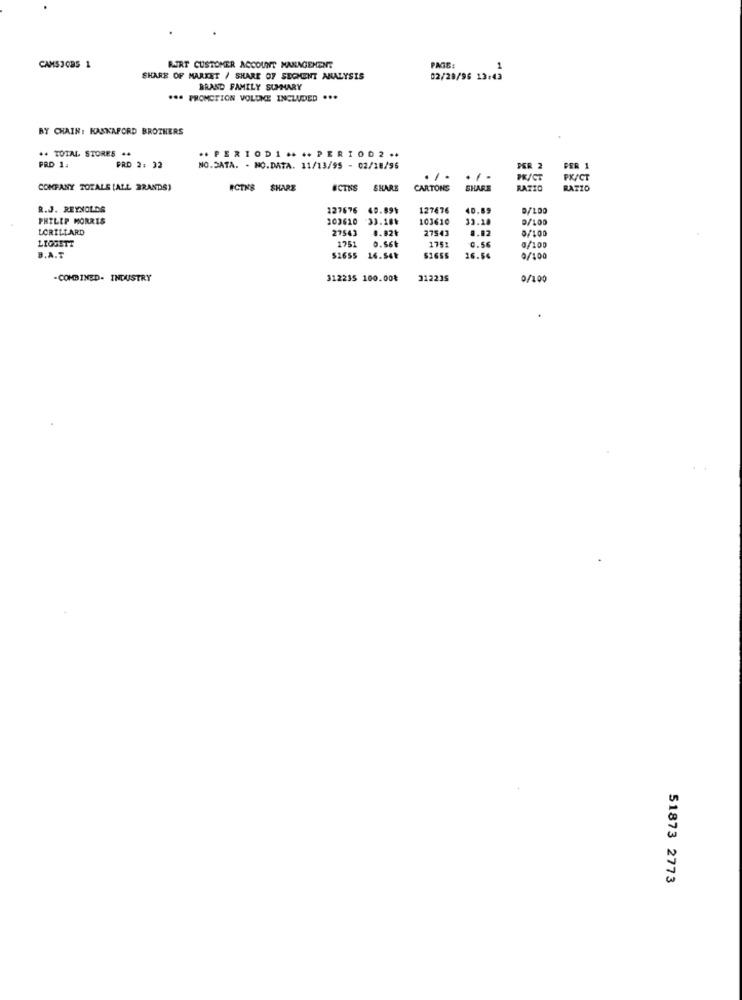
CAMSJOBS 1
BURT CUSTOMER ACCOUNT MANAGERCENT
PAIS:
SHARE OF MARKET / SHARE OF SEGMENT ANALYSIS
02/28/96 13:43
BRAND FAMILY SUMMARY
*** PROMOTION VOLDKE INCLUDED ...
BY CHAIR: KASKAFORD BROTHERS
++ TOTAL STORES .4
** PERIODI .... PERIOD2 **
PRD 1.
PRD 2: 32
NO.SATA. - NO.DATA. 11/13/95 - 02/18/96
PER 2
FER 1
...
PX/CT
CONFANY TOTALS [ALL BRANDS)
#CTNS SHARE
ICTNS
SHARE
CARTONS
SHARE
RATIO
RATIO
R.J. REYNOLDS
227676
49.991
127676
40.89
PHILIP MORRIS
303620
33.18%
103610
33.18
D/100
LORILLARD
27543
27543
0/100
LIGGETT
1751
0.564
1751
0.56
0/100
B.A.T
52655
16.54k
$2655
16.54
0/100
-COMBINED- INDUSTRY
312235 100.00₺
312235
0/100
51873 2773